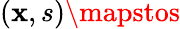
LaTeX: (\mathbf{x},s)\mapstos